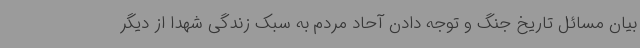
بیان مسائل تاریخ جنگ و توجه دادن آحاد مردم به سبک زندگی شهدا از دیگر